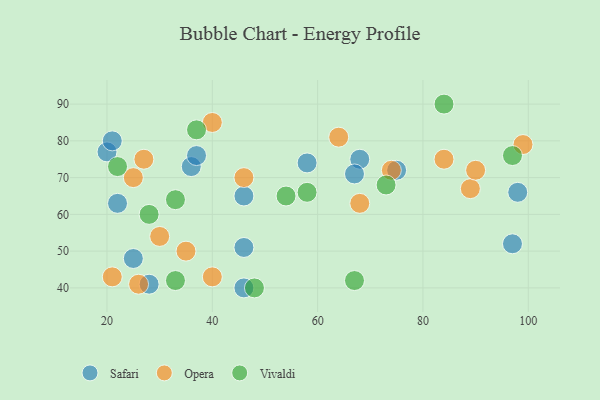
{"axis": {"x": "GDP", "y": "Life Expectancy"}, "legend": ["Opera", "Safari", "Vivaldi"], "data": [{"x": "28", "y": 41, "type": "Safari"}, {"x": "46", "y": 40, "type": "Safari"}, {"x": "58", "y": 74, "type": "Safari"}, {"x": "20", "y": 77, "type": "Safari"}, {"x": "22", "y": 63, "type": "Safari"}, {"x": "46", "y": 65, "type": "Safari"}, {"x": "68", "y": 75, "type": "Safari"}, {"x": "67", "y": 71, "type": "Safari"}, {"x": "46", "y": 51, "type": "Safari"}, {"x": "21", "y": 80, "type": "Safari"}, {"x": "36", "y": 73, "type": "Safari"}, {"x": "98", "y": 66, "type": "Safari"}, {"x": "75", "y": 72, "type": "Safari"}, {"x": "25", "y": 48, "type": "Safari"}, {"x": "37", "y": 76, "type": "Safari"}, {"x": "97", "y": 52, "type": "Safari"}, {"x": "40", "y": 43, "type": "Opera"}, {"x": "68", "y": 63, "type": "Opera"}, {"x": "64", "y": 81, "type": "Opera"}, {"x": "89", "y": 67, "type": "Opera"}, {"x": "99", "y": 79, "type": "Opera"}, {"x": "46", "y": 70, "type": "Opera"}, {"x": "74", "y": 72, "type": "Opera"}, {"x": "30", "y": 54, "type": "Opera"}, {"x": "26", "y": 41, "type": "Opera"}, {"x": "90", "y": 72, "type": "Opera"}, {"x": "21", "y": 43, "type": "Opera"}, {"x": "25", "y": 70, "type": "Opera"}, {"x": "27", "y": 75, "type": "Opera"}, {"x": "40", "y": 85, "type": "Opera"}, {"x": "84", "y": 75, "type": "Opera"}, {"x": "35", "y": 50, "type": "Opera"}, {"x": "84", "y": 90, "type": "Vivaldi"}, {"x": "48", "y": 40, "type": "Vivaldi"}, {"x": "28", "y": 60, "type": "Vivaldi"}, {"x": "33", "y": 42, "type": "Vivaldi"}, {"x": "67", "y": 42, "type": "Vivaldi"}, {"x": "33", "y": 64, "type": "Vivaldi"}, {"x": "97", "y": 76, "type": "Vivaldi"}, {"x": "54", "y": 65, "type": "Vivaldi"}, {"x": "37", "y": 83, "type": "Vivaldi"}, {"x": "22", "y": 73, "type": "Vivaldi"}, {"x": "73", "y": 68, "type": "Vivaldi"}, {"x": "58", "y": 66, "type": "Vivaldi"}]}